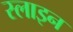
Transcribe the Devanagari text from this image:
स्लाइन